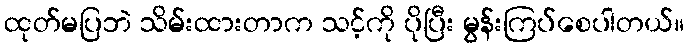
ထုတ်မပြဘဲ သိမ်းထားတာက သင့်ကို ပိုပြီး မွန်းကြပ်စေပါတယ်။